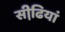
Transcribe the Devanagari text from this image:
सीढि़यां